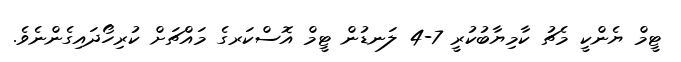
ޓީމް ޔެންކީ މެޗު ކާމިޔާބުކުރީ 7-4 ލަނޑުން ޓީމް އޮސްކަރގެ މައްޗަށް ކުރިހޯދައިގެންނެވެ.